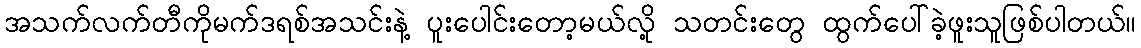
အသက်လက်တီကိုမက်ဒရစ်အသင်းနဲ့ ပူးပေါင်းတော့မယ်လို့ သတင်းတွေ ထွက်ပေါ်ခဲ့ဖူးသူဖြစ်ပါတယ်။